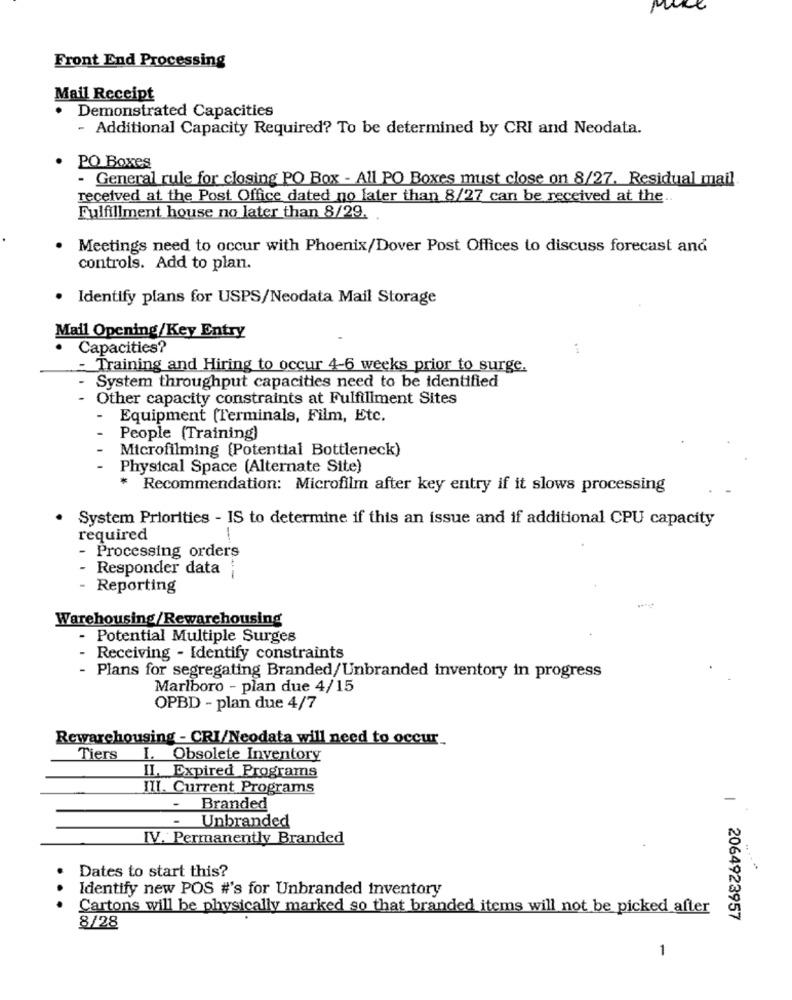
Front End Processing
Mail Receipt
Demonstrated Capacities
- Additional Capacity Required? To be determined by CRI and Neodata.
PO Boxes
- General rule for closing PO Box - All PO Boxes must close on 8/27. Residual mail
received at the Post Office dated no later than 8/27 can be received at the ..
Fulfillment house no later than 8/29.
Meetings need to occur with Phoenix/Dover Post Offices to discuss forecast and
controls. Add to plan.
Identify plans for USPS/Neodata Mail Storage
Mail Opening/Key Entry
Capacities?
Training and Hiring to occur 4-6 weeks prior to surge.
System throughput capacities need to be identified
- Other capacity constraints at Fulfillment Sites
-
Equipment (Terminals, Film, Etc.
People (Training)
Microfilming (Potential Bottleneck)
Physical Space (Alternate Site)
* Recommendation: Microfilm after key entry if it slows processing
System Priorities - IS to determine if this an issue and if additional CPU capacity
required
Processing orders
Responder data
- Reporting
Warehousing/Rewarehousing
- Potential Multiple Surges
Receiving - Identify constraints
- Plans for segregating Branded/Unbranded inventory in progress
Marlboro - plan due 4/15
OPBD - plan due 4/7
Rewarehousing - CRI/Neodata will need to occur.
Tiers I. Obsolete Inventory
I. Expired Programs
III. Current Programs
-
Branded
-
Unbranded
IV. Permanently Branded
Dates to start this?
Identify new POS #'s for Unbranded inventory
Cartons will be physically marked so that branded items will not be picked after
8/28
| 2064923957
1